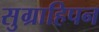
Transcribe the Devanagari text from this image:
सुग्राहिपन